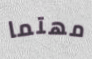
مهتما